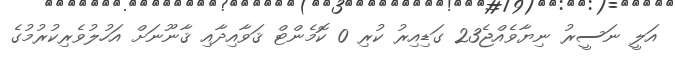
އަލީ ނަސީރު ނިޔާވެއްޖެ23 ގަޑިއިރު ކުރި 0 ކޮމެންޓް ޤަވާއިދާއި ޤާނޫނަށް އަހުލުވެރިކުރުމުގެ